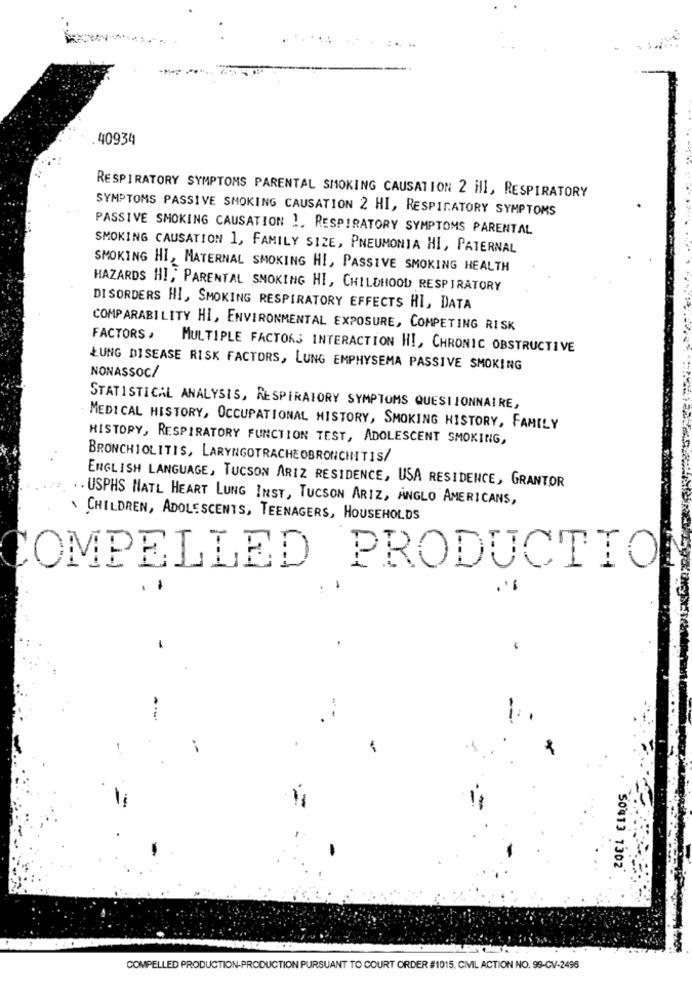
40934
RESPIRATORY SYMPTOMS PARENTAL SMOKING CAUSATION 2 ill, RESPIRATORY
SYMPTOMS PASSIVE SMOKING CAUSATION 2 HI, RESPIRATORY SYMPTOMS
PASSIVE SMOKING CAUSATION 1. RESPIRATORY SYMPTOMS PARENTAL
SMOKING CAUSATION 1, FAMILY SIZE, PNEUMONIA HI, PATERNAL
SMOKING HI, MATERNAL SMOKING HI, PASSIVE SMOKING HEALTH
HAZARDS HI; PARENTAL SMOKING HI, CHILDHOOD RESPIRATORY
DISORDERS HI, SMOKING RESPIRATORY EFFECTS HI, DATA
COMPARABILITY HI, ENVIRONMENTAL EXPOSURE, COMPETING RISK
FACTORS ,
MULTIPLE FACTORS INTERACTION HI, CHRONIC OBSTRUCTIVE
NONASSOC/
LUNG DISEASE RISK FACTORS, LUNG EMPHYSEMA PASSIVE SMOKING
STATISTICAL ANALYSIS, RESPIRATORY SYMPTOMS QUESTIONNAIRE,
MEDICAL HISTORY, OCCUPATIONAL HISTORY, SMOKING HISTORY, FAMILY
HISTORY, RESPIRATORY FUNCTION TEST, ADOLESCENT SMOKING,
BRONCHIOLITIS, LARYNGOTRACHEOBRONCHITIS/
ENGLISH LANGUAGE, TUCSON ARIZ RESIDENCE, USA RESIDENCE, GRANTOR
. . USPHS HATL HEART LUNG INST, TUCSON ARIZ, ANGLO AMERICANS,
CHILDREN, ADOLESCENTS, TEENAGERS, HOUSEHOLDS
OMPELLED PRODUCTIO
.
:
. i
-
50413 1302
COMPELLED PRODUCTION-PRODUCTION PURSUANT TO COURT ORDER #1015, CIVIL ACTION NO. 99-CV-2496